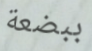
ببضعة